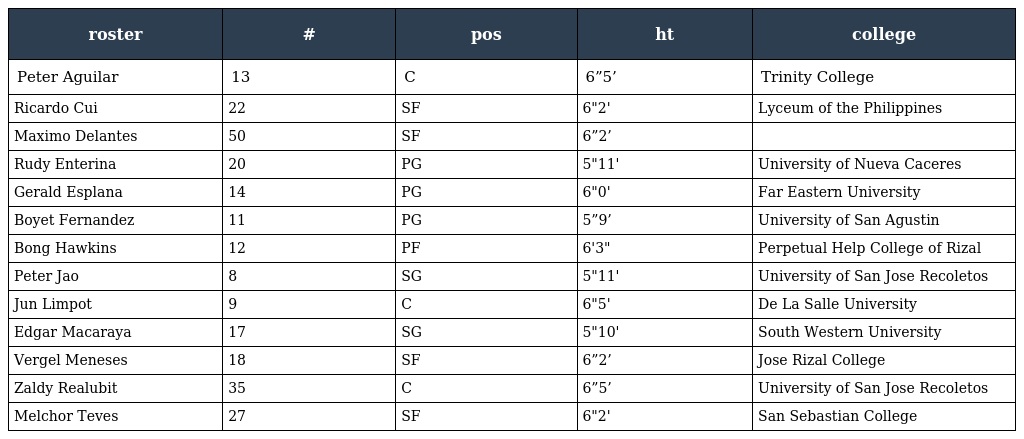
| roster | # | pos | ht | college |
 | --- | --- | --- | --- | --- |
 | Peter Aguilar | 13 | C | 6”5’ | Trinity College |
 | Ricardo Cui | 22 | SF | 6"2' | Lyceum of the Philippines |
 | Maximo Delantes | 50 | SF | 6”2’ |  |
 | Rudy Enterina | 20 | PG | 5"11' | University of Nueva Caceres |
 | Gerald Esplana | 14 | PG | 6"0' | Far Eastern University |
 | Boyet Fernandez | 11 | PG | 5”9’ | University of San Agustin |
 | Bong Hawkins | 12 | PF | 6'3" | Perpetual Help College of Rizal |
 | Peter Jao | 8 | SG | 5"11' | University of San Jose Recoletos |
 | Jun Limpot | 9 | C | 6"5' | De La Salle University |
 | Edgar Macaraya | 17 | SG | 5"10' | South Western University |
 | Vergel Meneses | 18 | SF | 6”2’ | Jose Rizal College |
 | Zaldy Realubit | 35 | C | 6”5’ | University of San Jose Recoletos |
 | Melchor Teves | 27 | SF | 6"2' | San Sebastian College |